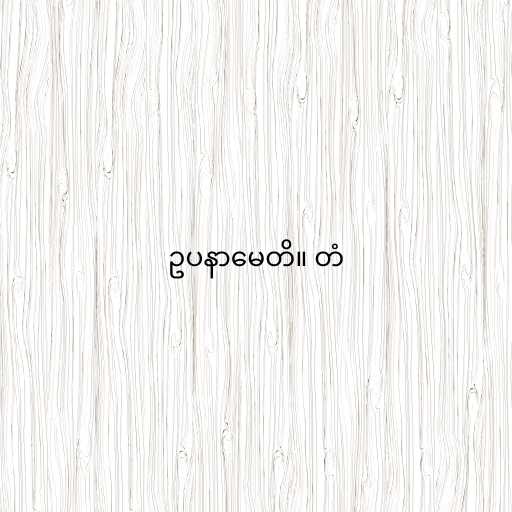
ဥပနာမေတိ။ တံ